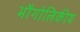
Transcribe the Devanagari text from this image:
भौगोलिकीय